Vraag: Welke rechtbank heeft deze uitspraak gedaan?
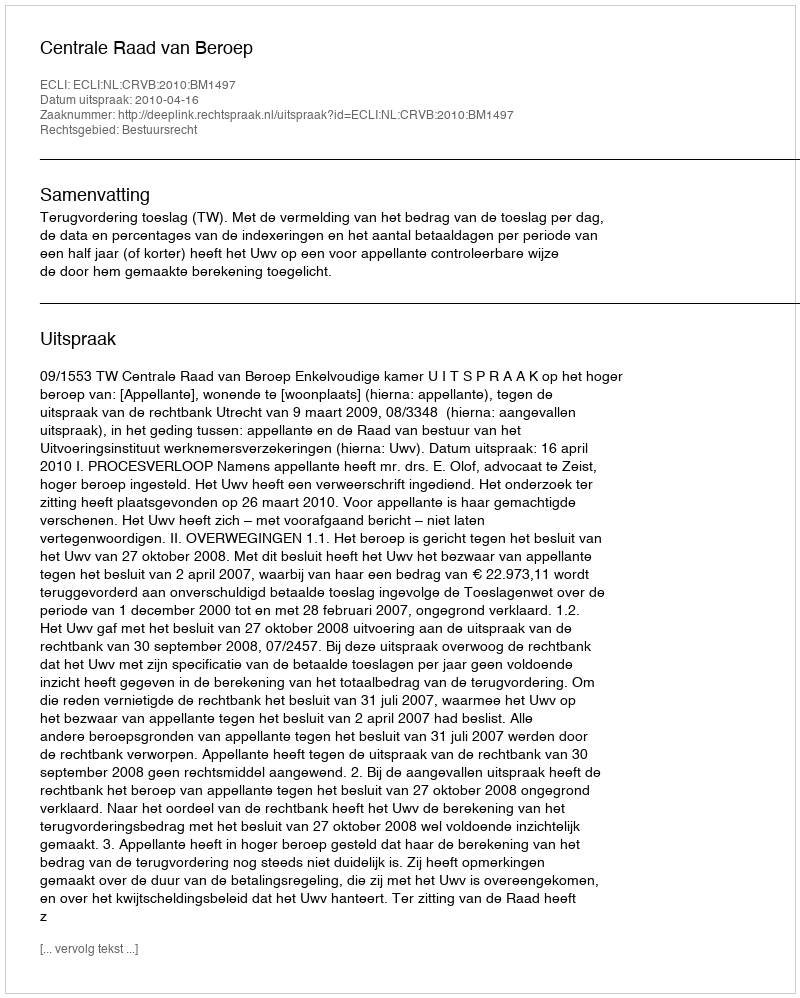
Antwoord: Centrale Raad van Beroep